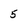
Character: 5